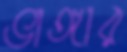
ভাঙ্গার